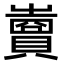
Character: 𧷷